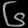
Digit: ၆